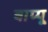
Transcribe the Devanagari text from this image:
बाप्पू